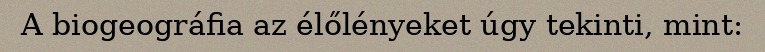
A biogeográfia az élőlényeket úgy tekinti, mint: